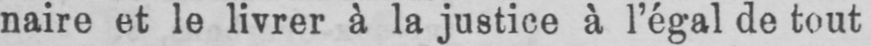
naire et le livrer à la justice à l’égal de tout